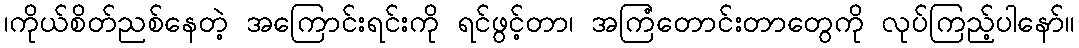
၊ကိုယ်စိတ်ညစ်နေတဲ့ အကြောင်းရင်းကို ရင်ဖွင့်တာ၊ အကြံတောင်းတာတွေကို လုပ်ကြည့်ပါနော်။